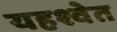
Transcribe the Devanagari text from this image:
यहश्वेत